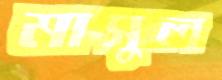
মাসুল